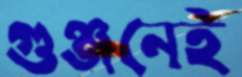
গুঞ্জনেই